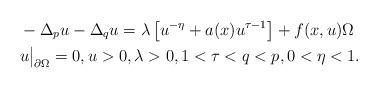
LaTeX: \begin{align*} &-\Delta_p u-\Delta_q u = \lambda \left[u^{-\eta}+a(x) u^{\tau-1}\right]+f(x,u) \Omega \\ &u\big|_{\partial \Omega}=0, u>0, \lambda>0,1<\tau<q<p, 0<\eta<1. \end{align*}